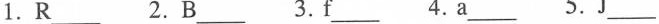
1.R___ 2.B___ 3.f___ 4.a___ 5.J___